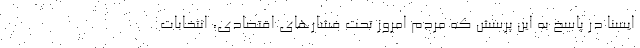
ایسنا در پاسخ به این پرسش که مردم امروز تحت فشارهای اقتصادی، انتخابات